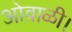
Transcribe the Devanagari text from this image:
ओवाळी।